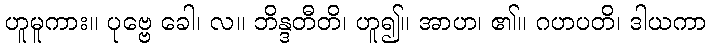
ဟူမူကား။ ပုဗ္ဗေ ခေါ၊ လ။ ဘိန္ဒတီတိ၊ ဟူ၍။ အာဟ၊ ၏။ ဂဟပတိ၊ ဒါယကာ